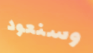
وسنعود